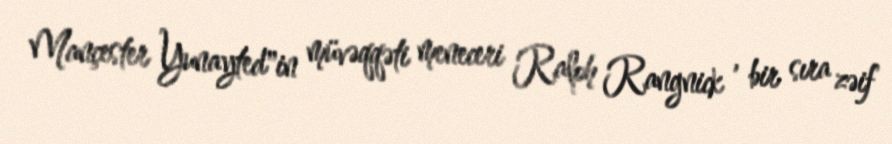
Mançester Yunayted"in müvəqqəti meneceri Ralph Rangnick , bir sıra zəif